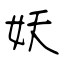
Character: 妖